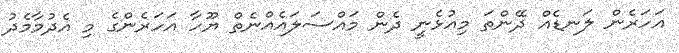
އަހަރެން ލަނޑެއް ދޭންތަ މިއުޅެނީ ދެން މައްސަލައެއްނެތް ޔޫހާ އަހަރެންގެ މި އެދުމާމެދު